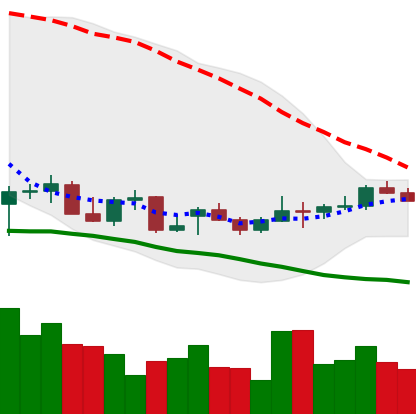
Ticker: LTC-USD
Chart end date: 2021-12-25
Forward return: -6.021%
Label: down_5_7